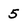
Character: 5